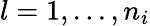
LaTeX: l=1,...,n_{i}